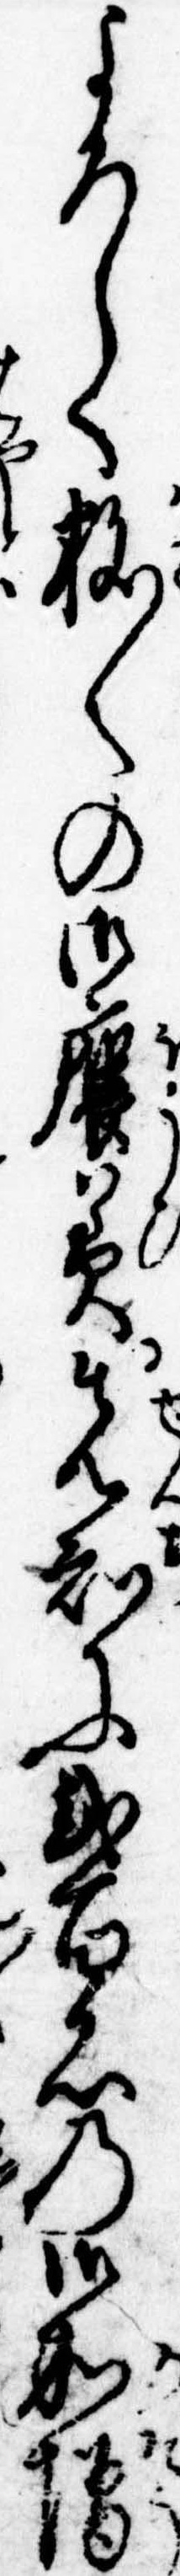
よろしく数〱の御褒美先知に弐百石の御加増